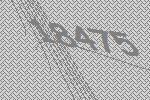
18475